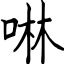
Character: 啉